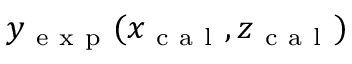
y _ { \mathrm { ~ e ~ x ~ p ~ } } ( x _ { \mathrm { ~ c ~ a ~ l ~ } } , z _ { \mathrm { ~ c ~ a ~ l ~ } } )